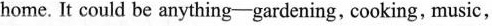
home. It could be anything-gardening, cooking, music,